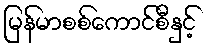
မြန်မာစစ်ကောင်စီနှင့်